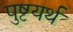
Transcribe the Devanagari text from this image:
पुष्टयर्थं